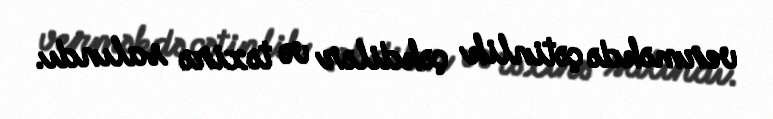
verməkdə çətinlik çəkdilər və təxirə salındı.